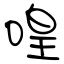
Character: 喤